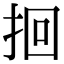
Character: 𫝻